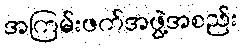
အကြမ်းဖက်အဖွဲ့အစည်း